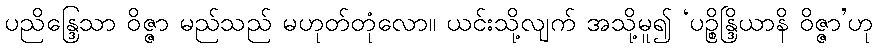
ပညိန္ဒြေသာ ဝိဇ္ဇာ မည်သည် မဟုတ်တုံလော။ ယင်းသို့လျက် အသို့မူ၍ ‘ပဉ္စိန္ဒြိယာနိ ဝိဇ္ဇာ’ဟု